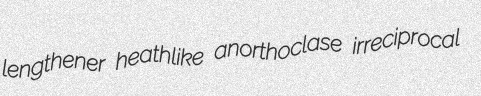
lengthener heathlike anorthoclase irreciprocal